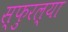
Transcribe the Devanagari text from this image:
स्फुरल्या